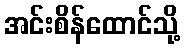
အင်းစိန်ထောင်သို့